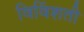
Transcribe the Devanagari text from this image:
विविंशती